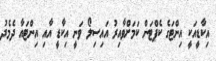
އިކާޑީއަކީ އިންޓަގެ ކެޕްޓަން ކަމަށްވާއިރު އައިސިލޯ ވަނީ އިކާޑީ އާއި އިންޓައާ ދެމެދު